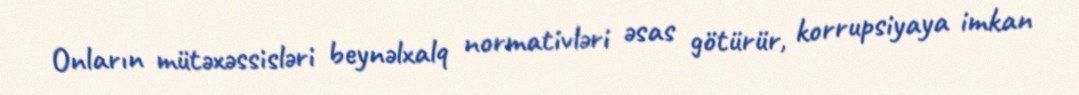
Onların mütəxəssisləri beynəlxalq normativləri əsas götürür, korrupsiyaya imkan